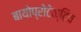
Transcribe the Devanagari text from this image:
बायोप्रोटेक्टिव